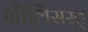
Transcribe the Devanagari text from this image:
गौलिसस्ट्